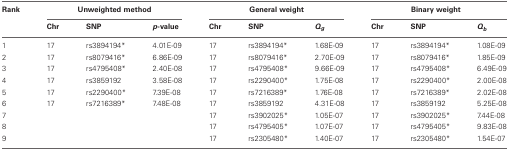
| Rank | <COLSPAN=3> Unweighted method | <COLSPAN=3> General weight | <COLSPAN=3> Binary weight |
 |  | Chr | SNP | p-value | Chr | SNP | Qg | Chr | SNP | Qb |
 | --- | --- | --- | --- | --- | --- | --- | --- | --- | --- |
 | 1 | 17 | rs3894194* | 4.01E-09 | 17 | rs3894194* | 1.68E-09 | 17 | rs3894194* | 1.08E-09 |
 | 2 | 17 | rs8079416* | 6.86E-09 | 17 | rs8079416* | 2.70E-09 | 17 | rs8079416* | 1.85E-09 |
 | 3 | 17 | rs4795408* | 2.40E-08 | 17 | rs4795408* | 9.66E-09 | 17 | rs4795408* | 6.49E-09 |
 | 4 | 17 | rs3859192 | 3.58E-08 | 17 | rs2290400* | 1.75E-08 | 17 | rs2290400* | 2.00E-08 |
 | 5 | 17 | rs2290400* | 7.39E-08 | 17 | rs7216389* | 1.76E-08 | 17 | rs7216389* | 2.02E-08 |
 | 6 | 17 | rs7216389* | 7.48E-08 | 17 | rs3859192 | 4.31E-08 | 17 | rs3859192 | 5.25E-08 |
 | 7 |  |  |  | 17 | rs3902025* | 1.05E-07 | 17 | rs3902025* | 7.44E-08 |
 | 8 |  |  |  | 17 | rs4795405* | 1.07E-07 | 17 | rs4795405* | 9.83E-08 |
 | 9 |  |  |  | 17 | rs2305480* | 1.40E-07 | 17 | rs2305480* | 1.54E-07 |